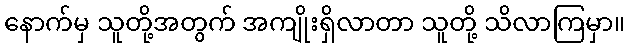
နောက်မှ သူတို့အတွက် အကျိုးရှိလာတာ သူတို့ သိလာကြမှာ။